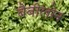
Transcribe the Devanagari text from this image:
बैबीलोन